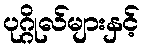
ပုဂ္ဂိုလ်များနှင့်